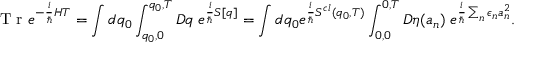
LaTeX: \textrm { T r } e ^ { - \frac { i } { \hbar } { \cal { H } } T } = \int d q _ { 0 } \int _ { q _ { 0 } , 0 } ^ { q _ { 0 } , T } { \cal { D } } q \; e ^ { \frac { i } { \hbar } S [ q ] } = \int d q _ { 0 } e ^ { \frac { i } { \hbar } S ^ { c l } ( q _ { 0 } , T ) } \int _ { 0 , 0 } ^ { 0 , T } { \cal { D } } \eta ( a _ { n } ) \; e ^ { \frac { i } { \hbar } \sum _ { n } \epsilon _ { n } a _ { n } ^ { 2 } } .